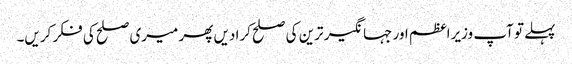
پہلے تو آپ وزیراعظم اور جہانگیر ترین کی صلح کرا دیں پھر میری صلح کی فکر کریں۔